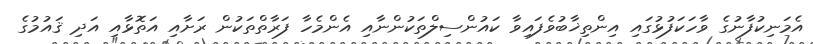
އެމަނިކުފާނުގެ ވާހަކަފުޅުގައި އިންތިޚާބުވެފައިވާ ކައުންސިލްތަކުންނާއި އެންމެހާ ފަރާތްތަކުން ރަށާއި އަތޮޅާއި އަދި ޤައުމުގެ